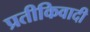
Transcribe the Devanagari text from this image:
प्रतीकिवादी